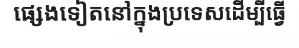
ផ្សេងទៀតនៅក្នុងប្រទេសដើម្បីធ្វើ